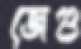
জেগু